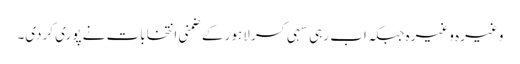
وغیرہ وغیرہ جبکہ اب رہی سہی کسر لاہور کے ضمنی انتخابات نے پوری کردی۔